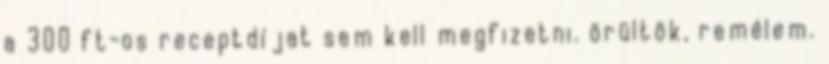
a 300 ft-os receptdíjat sem kell megfizetni. örültök, remélem.